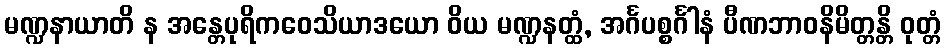
မဏ္ဍနာယာတိ န အန္တေပုရိကဝေသိယာဒယော ဝိယ မဏ္ဍနတ္ထံ, အင်္ဂပစ္စင်္ဂါနံ ပီဏဘာဝနိမိတ္တန္တိ ဝုတ္တံ